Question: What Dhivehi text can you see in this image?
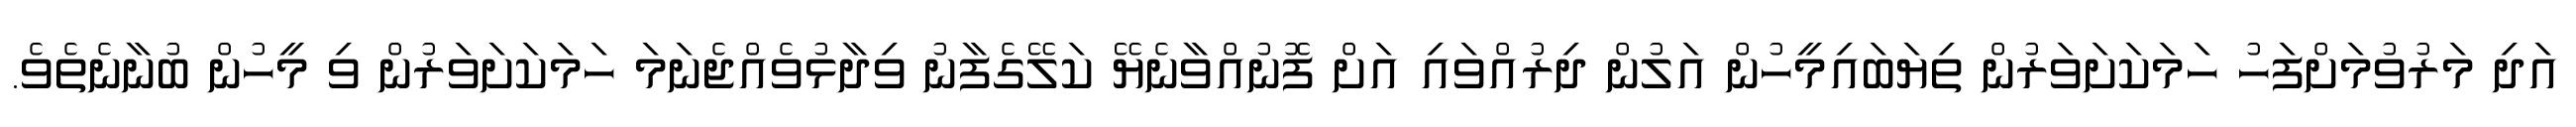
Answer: އަދި މަރުވުމަށްފަހު ހަމަކަށަވަރުން ތިޔަބައިމީހުން އަލުން ދިރުއްވައި އަށް ފޮނުއްވާނެޔޭ ކަލޭގެފާނު ވިދާޅުވެއްޖެނަމަ ހަމަކަށަވަރުން ވި މީހުން ބުނާނެތެވެ.